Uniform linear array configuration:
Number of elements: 32
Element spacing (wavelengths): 0.75
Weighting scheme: blackman
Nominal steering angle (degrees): -60
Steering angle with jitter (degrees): -58.925
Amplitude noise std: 0.05
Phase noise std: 0.05

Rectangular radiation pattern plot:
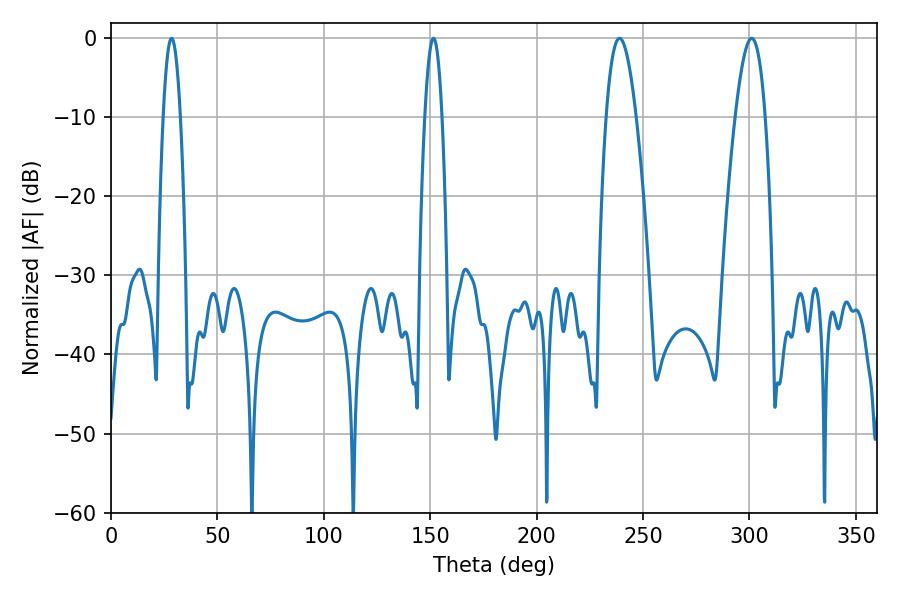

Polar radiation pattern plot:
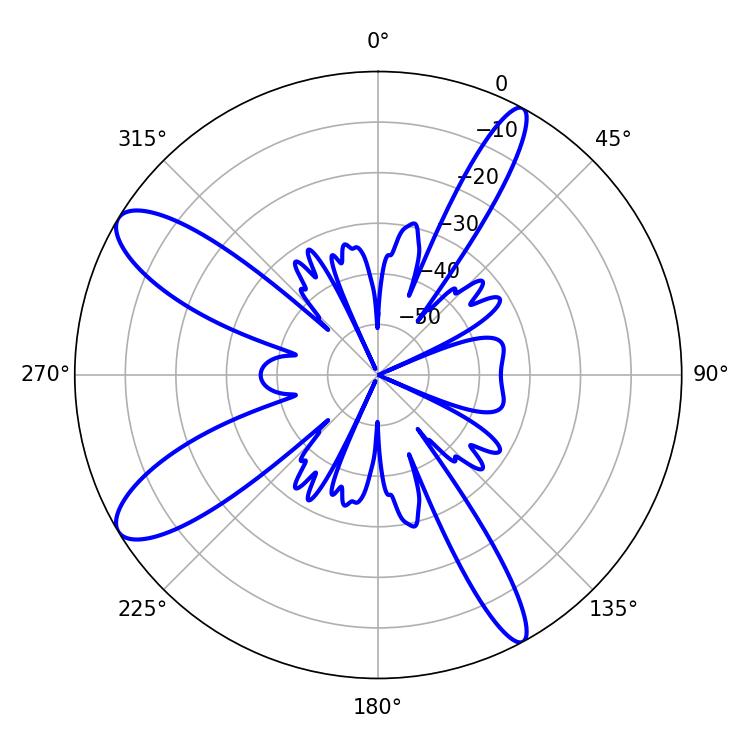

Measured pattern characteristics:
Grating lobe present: TRUE
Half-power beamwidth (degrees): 4.32
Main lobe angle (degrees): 28.44